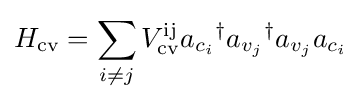
H_{\text{cv}}=\sum _{i\neq j}V_{\text{cv}}^{\text{ij}}a_{c_{i}}{}^{\dagger }a_{v_{j}}{}^{\dagger }a_{v_{j}}a_{c_{i}}